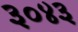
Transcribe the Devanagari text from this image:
३०४३